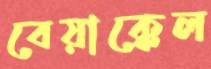
বেয়াক্কেল